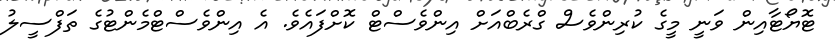
ޓޮޔޯޓާއިން ވަނީ މީގެ ކުރިންވެސް ގްރެބްއަށް އިންވެސްޓް ކޮށްފައެވެ. އެ އިންވެސްޓްމެންޓުގެ ތަފްސީލު